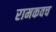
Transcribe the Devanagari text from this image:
रामकवच